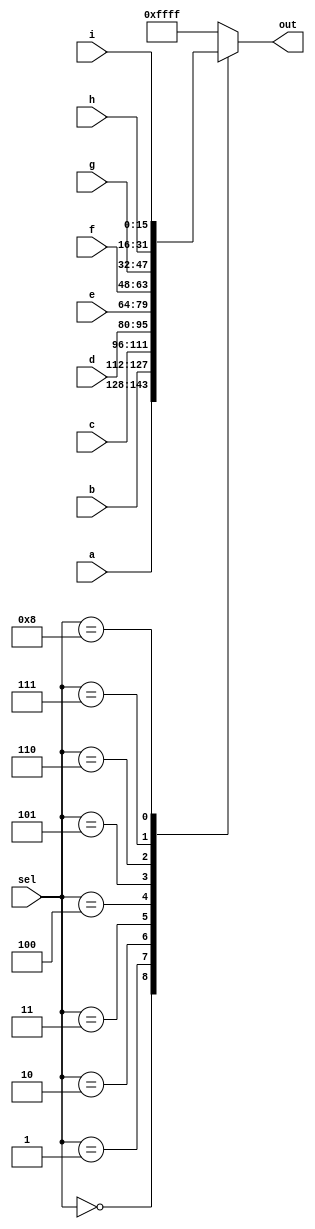
module top_module (
    input  wire [15:0] a,
    input  wire [15:0] b,
    input  wire [15:0] c,
    input  wire [15:0] d,
    input  wire [15:0] e,
    input  wire [15:0] f,
    input  wire [15:0] g,
    input  wire [15:0] h,
    input  wire [15:0] i,
    input  wire [ 3:0] sel,
    output reg  [15:0] out
);


    always @(*) begin
        case (sel)
            4'd0:    out = a;
            4'd1:    out = b;
            4'd2:    out = c;
            4'd3:    out = d;
            4'd4:    out = e;
            4'd5:    out = f;
            4'd6:    out = g;
            4'd7:    out = h;
            4'd8:    out = i;
            default: out = 16'hffff;
        endcase
    end
endmodule